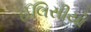
ઈલિસીયો